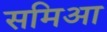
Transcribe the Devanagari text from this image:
समिआ